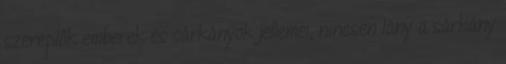
szereplők emberek és sárkányok jellemei, nincsen lány a sárkány